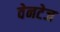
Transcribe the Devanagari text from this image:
वेनटेज